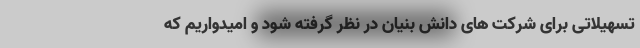
تسهیلاتی برای شرکت های دانش بنیان در نظر گرفته شود و امیدواریم که